Bombay plague: being a history of the progress of plague in the Bombay presidency from September 1896 to June 1899
Year: 1896
Disease focus: Plague
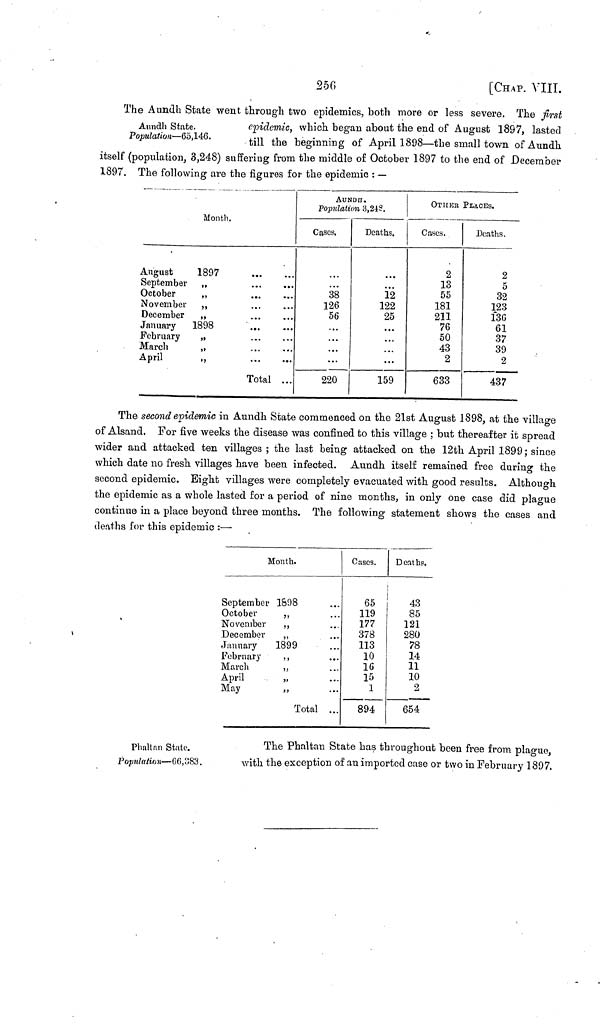
256
[CHAP.
VIII.
Aunan State.
Population—65,146.
The Aundh State went, through two epidemics, both more or less severe. The first
epidemic, which began about the end of August 1897, lasted
till the beginning of April 1898—the small town ofAundh
itself (population, 3,248) suffering from the middle of October 1897 to the end of December
1897. The following are the figures for the epidemic : —
August
September
October
November
December
January
February
March
April
Month.
1897
„
„
„
„
1898
,,
...
...
...
..
...
...
...
...
Total
...
...
...
...
...
...
...
...
AUNDIJ.
Population 3,248.
Cases.
38
126
56
...
...
...
...
220
Deaths.
...
12
122
25
...
...
...
...
159
OTHER PLACES.
Cases.
2
13
55
181
211
76
50
43
2
633
Deaths.
2
5
32
123
136
61
37
39
2
437
The second epidemic in Aundh State commenced on the 21st August 1898, at the village
of Alsand. For five weeks the disease was confined to this village ; but thereafter it spread
wider and attacked ten villages ; the last being attacked on the 12th April 1899; since
which date no fresh villages have been infected. Aundh itself remained free during the
second epidemic. Bight villages were completely evacuated with good results. Although
the epidemic as a whole lasted for a period of nine months, in only one case did plague
continue in a place beyond three months. The following statement shows the cases and
deaths for this epidemic :—
Month.
September
October
November
December
January
February
March
April
May
1&98
,,
1899
,,
„
,,
Total
...
...
...
...
...
...
...
Cases.
65
119
177
378
113
10
16
15
1
894
Deaths.
43
85
121
280
78
14
11
10
2
654
Plmltan State.
Population—C6,C83.
The Phaltan State has throughout been free from plague,
with the exception of an imported case or two in February 1897.